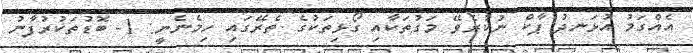
އެއްގަމު އުޅަނދު ޕާކް ނުކުރެވޭ މަގުތަކާއި ގޯޅިތަކުގެ ތެރޭގައި ހިމެނެނީ: 1- ބޮޑުތަކުރުފާނު